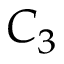
C _ { 3 }